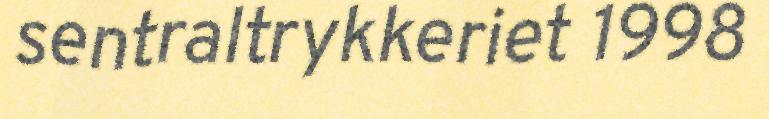
sentraltrykkeriet 1998